Civil Veterinary Dept. Assam report 1927-50 - 1927-1950
Year: 1927
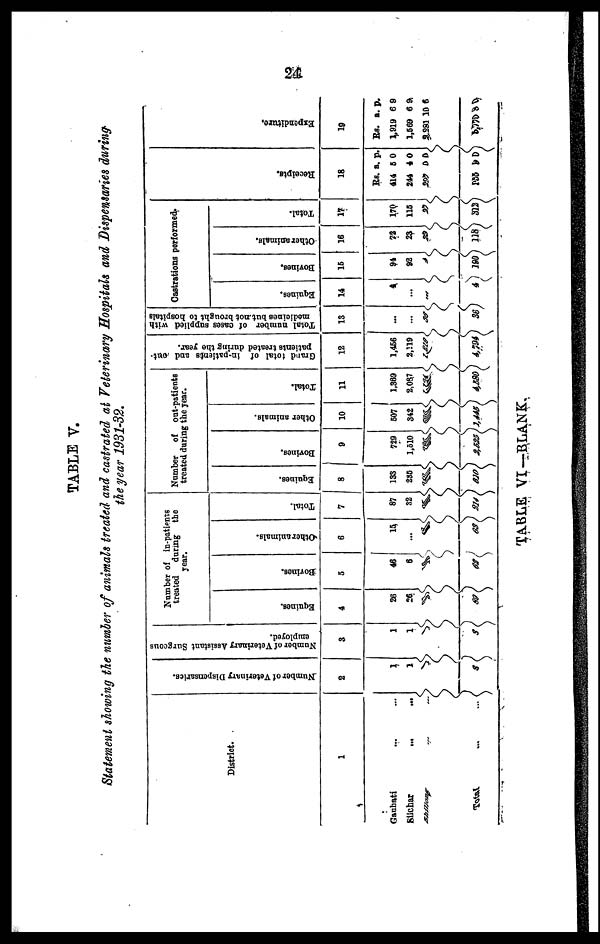
24
TABLE V.
Statement showing the number of animals treated and castrated at Veterinary Hospitals and Dispensaries during-
the year 1931-32.
District.
1
Gauhati ... ...
silchar ... ...
shillong ... ...
Total
...
...
Number
of Veterinary Diepensaries.
2
1
1
1
3
Number of Veterinary Assistant Surgcous
employed.
8
1
1
1
3
Number of in-patients
treated during the
year.
Equines.
4
26
26
37
89
Bovines.
5
46
6
10
62
Other animals.
6
15
...
38
63
Total.
7
87
32
95
214
Number of out-patients
treated during the year.
Equines.
8
135
235
250
610
Bovines
9
729
1,510
5586
8,525
Other animals.
10
607
342
Total.
11
1,369
2,037
1174
4,580
Grand total of in-patients and out-
patients treated during the year.
12
1,456
2,119
1220
4,794
Total number of cases
supplied with
medicines but not brought to hospitals
13
...
...
36
36
Castrations performed
Equines,
14
4
...
...
4
Borines.
16
94
92
14
190
Other animals.
16
72
23
25
118
Total.
17
170
115
27
312
Recei pt s .
18
Rs. a. p.
414 5 0
244 4 0
297 0 0
1055 90
Expe ndit ur e .
19
Rs. a. p.
1919 6 9
1,569 6 9
2,281 10 6
57 6 9 22 4
TABLE VI— BLANK.